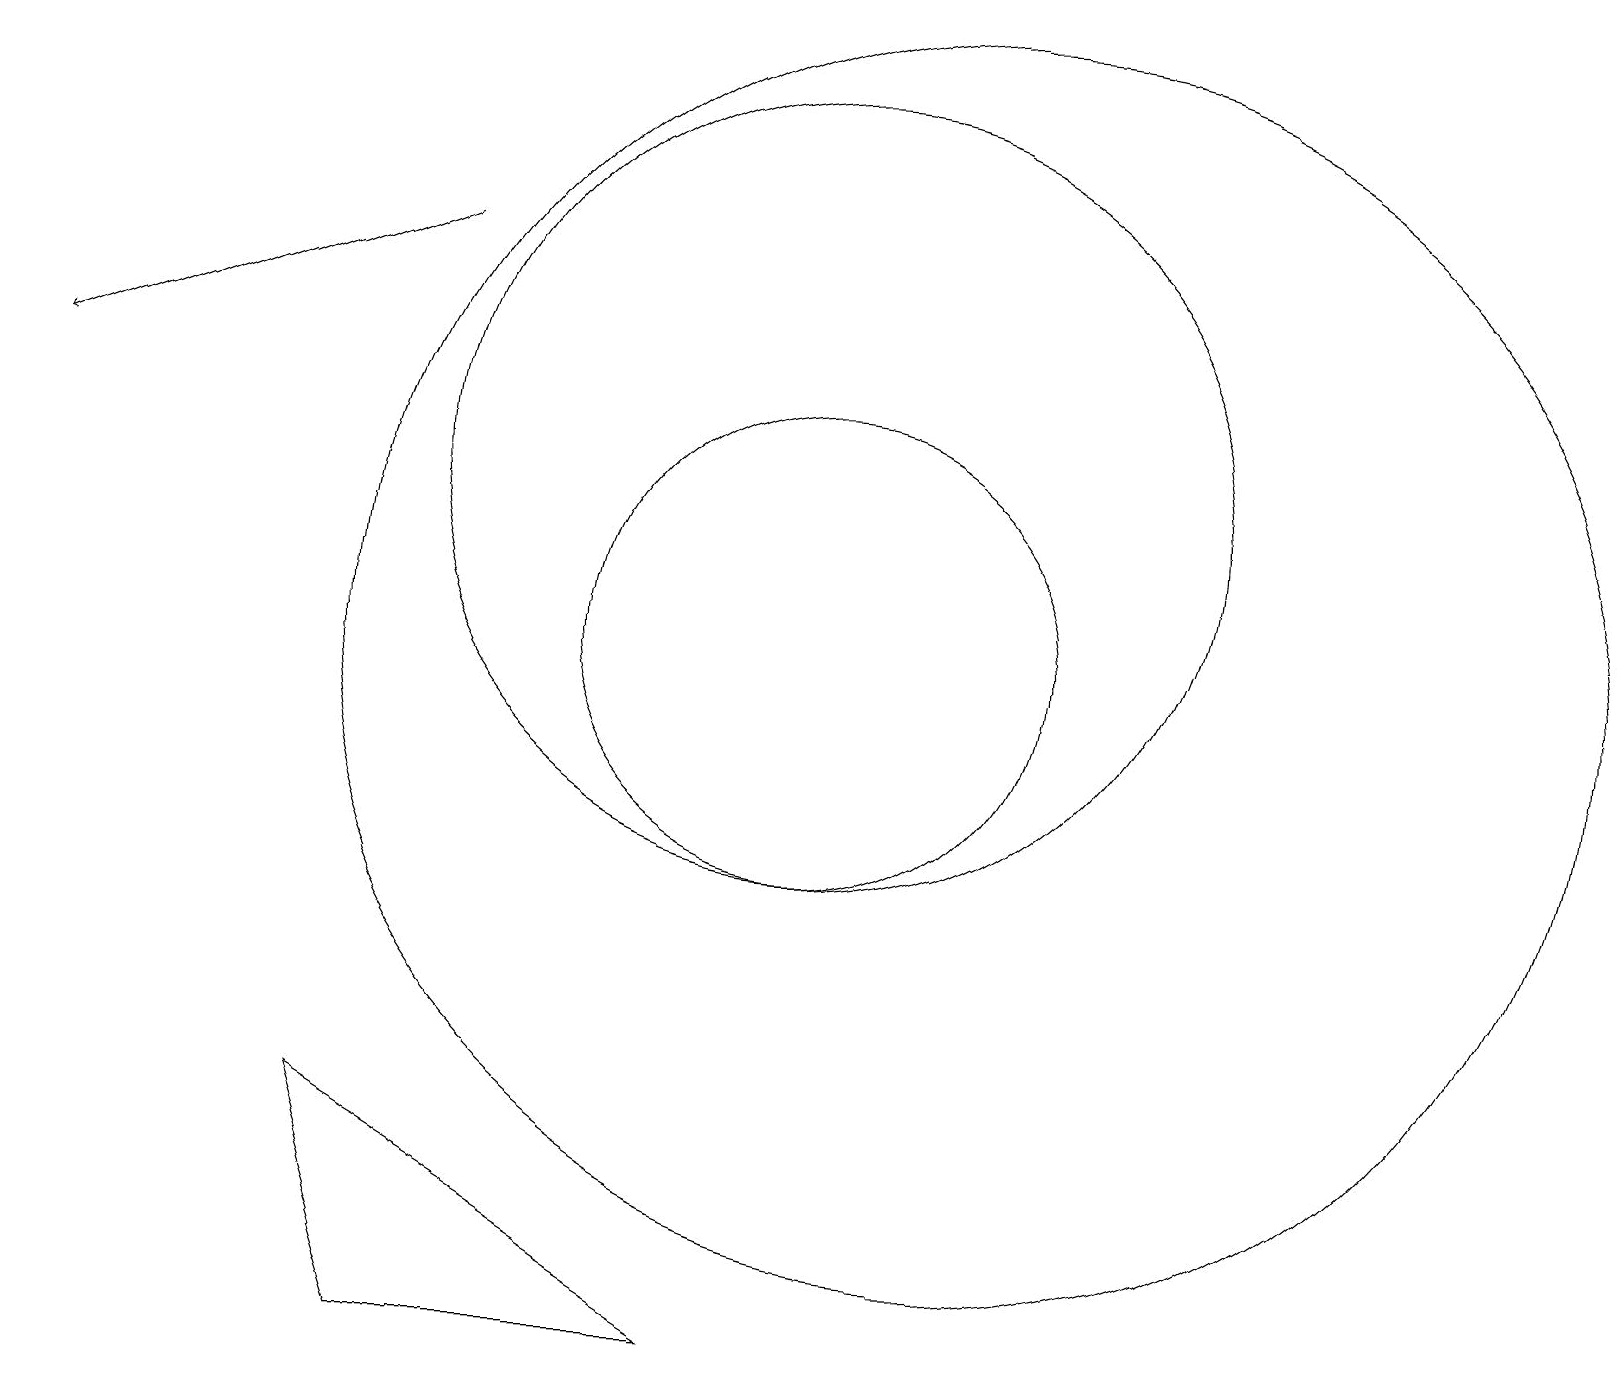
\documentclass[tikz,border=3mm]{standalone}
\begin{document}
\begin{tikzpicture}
\draw (12,10) circle (8);
\draw[->] (5,15) -- (0,13);
\draw (4,4) -- (9,1) -- (5,1) -- cycle;
\draw (10,12) circle (5);
\draw (10,10) circle (3);
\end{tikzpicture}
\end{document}